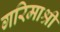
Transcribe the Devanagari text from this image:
गरिमाश्री